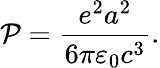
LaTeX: \mathcal{P}={\frac{{e^{2}a^{2}}}{{6\pi\varepsilon_{0}c^{3}}}}.